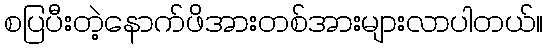
စပြပီးတဲ့နောက်ဖိအားတစ်အားများလာပါတယ်။